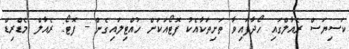
ކަސިޔަސް ރެއާލްގައި ހޯދާފައިވާ ތަށިތަކާއެކު ފޮޓޯއަކަށް ހުއްޓިލައިގެން - ފޮޓޯ: ރެއާލް މެޑްރިޑް